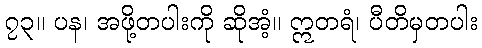
၇၃။ ပန၊ အဖို့တပါးကို ဆိုအံ့။ ဣတရံ၊ ပီတိမှတပါး